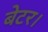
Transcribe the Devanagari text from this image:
बेटर।